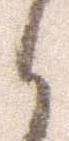
御